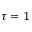
\tau = 1